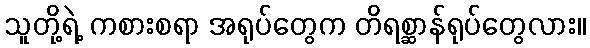
သူတို့ရဲ့ ကစားစရာ အရုပ်တွေက တိရစ္ဆာန်ရုပ်တွေလား။